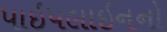
પાઇપલાઇનનો